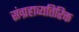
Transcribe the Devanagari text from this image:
संग्रहाव्यतिरिक्त